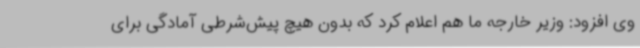
وی افزود: وزیر خارجه ما هم اعلام کرد که بدون هیچ پیش‌شرطی آمادگی برای